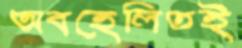
অবহেলিতই